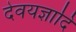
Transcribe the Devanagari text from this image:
देवयज्ञादि